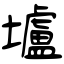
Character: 壚